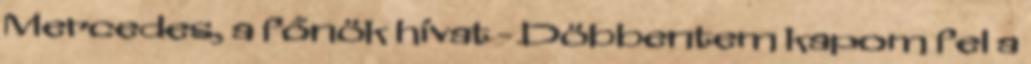
Mercedes, a főnök hívat - Döbbentem kapom fel a